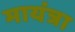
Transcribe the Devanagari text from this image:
मायंत्रा